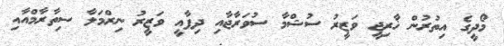
މޯދީގެ އިތުރުން ޚާރިޖީ ވަޒީރު ސުޝްމާ ސުވަރާޖާއި ދިފާއީ ވަޒީރު ނިރްމަލާ ސިތާރާމްއާއި